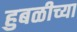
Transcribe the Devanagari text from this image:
हुबळीच्या